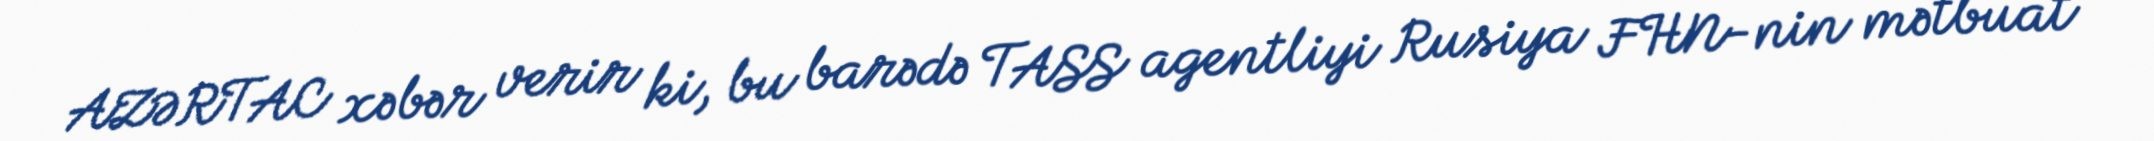
AZƏRTAC xəbər verir ki, bu barədə TASS agentliyi Rusiya FHN-nin mətbuat